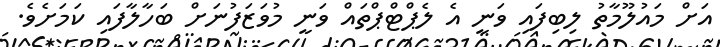
އަށް މައުލޫމާތު ލިބިފައި ވަނީ އެ ލެޕްޓްޕްތައް ވަނީ މުވަޒަފުނަށް ބަހާލާފައި ކަމަށެވެ.